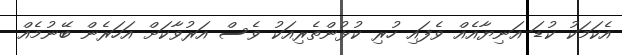
އެކަމަކު ކުޑަ އަނިޔާއެއް ވެފައި ހުރި ކުޅުންތެރިއަކު ވެސް އަރުވާކަށް އަހަރެން ބޭނުމެއް